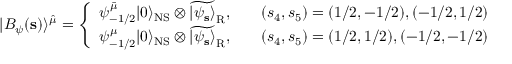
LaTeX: | B _ { \psi } ( { \bf s } ) \rangle ^ { \hat { \mu } } = \left\{ \begin{array} { l l } { { \psi _ { - 1 / 2 } ^ { \bar { \mu } } | 0 \rangle _ { \mathrm { N S } } \otimes \widetilde { | \psi _ { \bf s } \rangle } _ { \mathrm { R } } , } } & { { \quad ( s _ { 4 } , s _ { 5 } ) = ( 1 / 2 , - 1 / 2 ) , ( - 1 / 2 , 1 / 2 ) } } \\ { { \psi _ { - 1 / 2 } ^ { \mu } | 0 \rangle _ { \mathrm { N S } } \otimes \widetilde { | \psi _ { \bf s } \rangle } _ { \mathrm { R } } , } } & { { \quad ( s _ { 4 } , s _ { 5 } ) = ( 1 / 2 , 1 / 2 ) , ( - 1 / 2 , - 1 / 2 ) } } \end{array} \right.